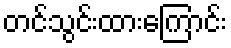
တင်သွင်းထားကြောင်း